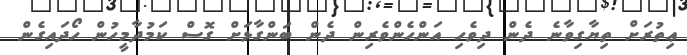
ޢިތުރަށް ތިޔާގިވާނެ ދެން ދިވެހި އަންހެންވެރިން ދެން ބަންގާޅަށް ގޮސް ކަމުދާމީހުން ހޯދައިގެން